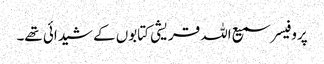
پروفیسر سمیع اللہ قریشی کتابوں کے شیدائی تھے۔